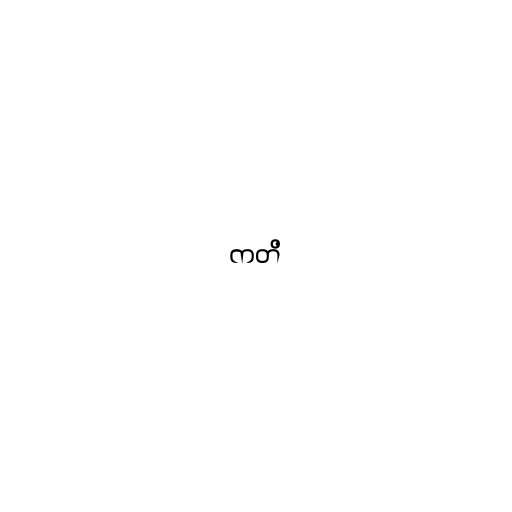
ကတိ